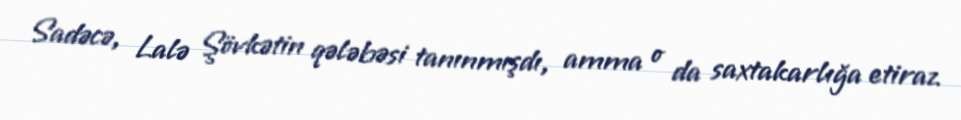
Sadəcə, Lalə Şövkətin qələbəsi tanınmışdı, amma o da saxtakarlığa etiraz